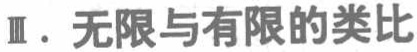
Ⅲ. 无限与有限的类比